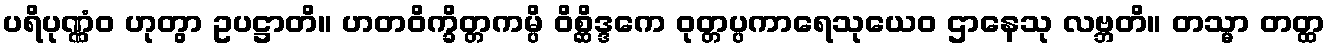
ပရိပုဏ္ဏံဝ ဟုတွာ ဥပဋ္ဌာတိ။ ဟတဝိက္ခိတ္တကမ္ပိ ဝိစ္ဆိဒ္ဒကေ ဝုတ္တပ္ပကာရေသုယေဝ ဌာနေသု လဗ္ဘတိ။ တသ္မာ တတ္ထ